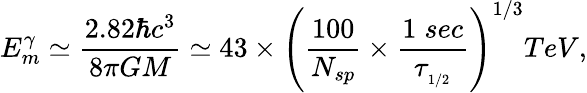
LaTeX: E_{m}^{\gamma}\simeq\frac{2.82\hbar c^{3}}{8\pi GM}\simeq 43\times\left(\frac{100}{N_{sp}}\times\frac{1\; sec}{\tau_{_{1/2}}}\right)^{1/3}TeV,